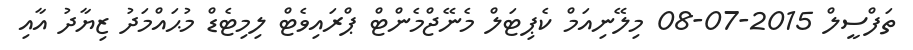
ތަފްސީލް 2015-07-08 މިލޭނިއަމް ކެޕިޓަލް މެނޭޖްމެންޓް ޕްރައިވެޓް ލިމިޓެޑް މުޙައްމަދު ޒިޔާދު އާއި